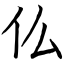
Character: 仫